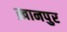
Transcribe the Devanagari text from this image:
ख़ानपुर